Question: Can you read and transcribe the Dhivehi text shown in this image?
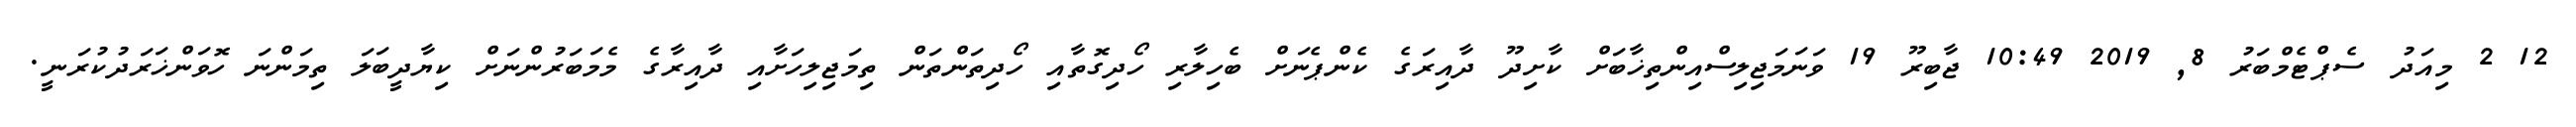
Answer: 12 2 މިއަދު ސެޕްޓެމްބަރު 8, 2019 10:49 ޖާބިރޫ 19 ވަނަމަޖިލިސްއިންތިޚާބަށް ކާށިދޫ ދާއިރަގެ ކެންޕެނަށް ބެހިލާރި ހޯދިގޮތާއި ހޯދިތަންތަން ތިމަޖިލިހަށާއި ދާއިރާގެ މެމަބަރުންނަށް ކިޔާދީބަލަ ތިމަންނަ ހޮވަންޚަރަދުކުރަނީ.